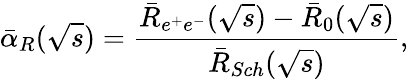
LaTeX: \bar{\alpha}_{R}(\sqrt{s})=\frac{\bar{R}_{e^{+}e^{-}}(\sqrt{s})-\bar{R}_{0}(\sqrt{s})}{\bar{R}_{Sch}(\sqrt{s})},